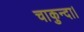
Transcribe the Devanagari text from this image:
चाकुन्दा।